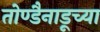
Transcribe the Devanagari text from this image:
तोण्डैनाडूच्या